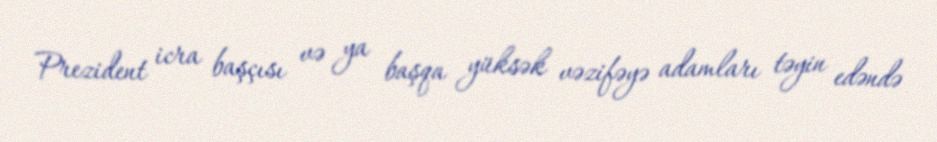
Prezident icra başçısı və ya başqa yüksək vəzifəyə adamları təyin edəndə